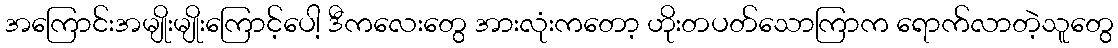
အကြောင်းအမျိုးမျိုးကြောင့်ပေါ့ ဒီကလေးတွေ အားလုံးကတော့ ဟိုးတပတ်သောကြာက ရောက်လာတဲ့သူတွေ